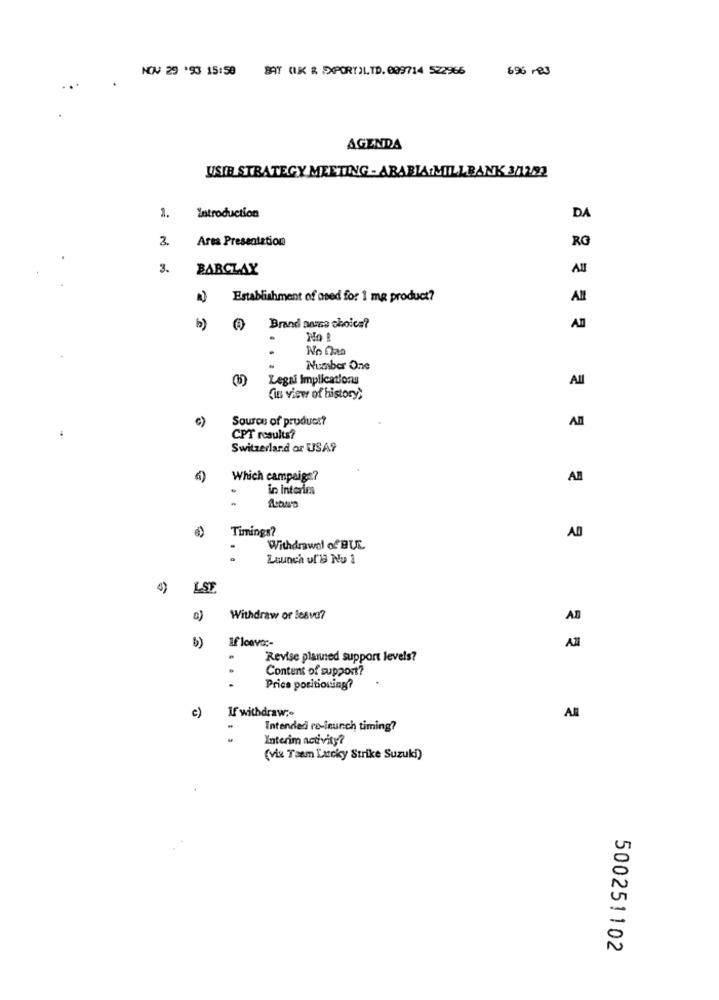
NOV 29 '93 15:59
BAT (IK & EXPORT)LTD. 009714 522966
696 -23
AGENDA
USIE STRATEGY MEETING - ARABIA:MILLBANK 3/12/22
2.
Introduction
DA
3.
Ares Presentation
RG
3.
BARCLAY
Establishment of ased for 1 mg product?
All
b) 4 Brand name choice?
No I
No Daa
Number One
Legai Implications
All
(in view of history;
c)
Source of product?
All
CPT results?
Switzerland or USA?
Which campaign?
AB
.
in interim
Timings?
AD
Withdrawal of BUL
Launch of'B Nu 1
LSE
c)
Withdraw or lesvo?
AD
b)
Revise planned support levels?
.
Content of support?
Prics positioning?
c)
If withdraw ;-
Intended re-leunch timing?
Interim activity?
(vix Team Lucky Strike Suzuki)
500251102